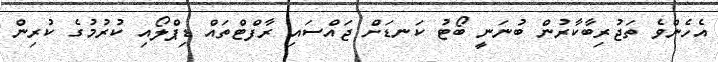
އެހެންވެ ތަޖުރިބާކާރުން ބުނަނީ ބޯޓު ކަނޑަށް ޖައްސައި ރާފްޓްތައް ޑިޕްލޯއި ކުރުމުގެ ކުރިން